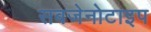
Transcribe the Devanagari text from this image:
सबजेनोटाइप